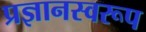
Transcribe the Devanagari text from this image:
प्रज्ञानस्वरूप